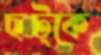
ছট্‌কে